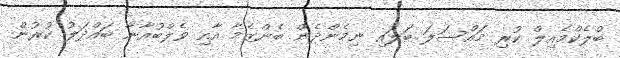
ބްލެކްމެއިލް ކުރި މައްސަލަ ބަލައި ނިމެންދެން ބެންޒެމާ އާއި ވެލްބުއާނާ ބައްދަލު ކުރުން